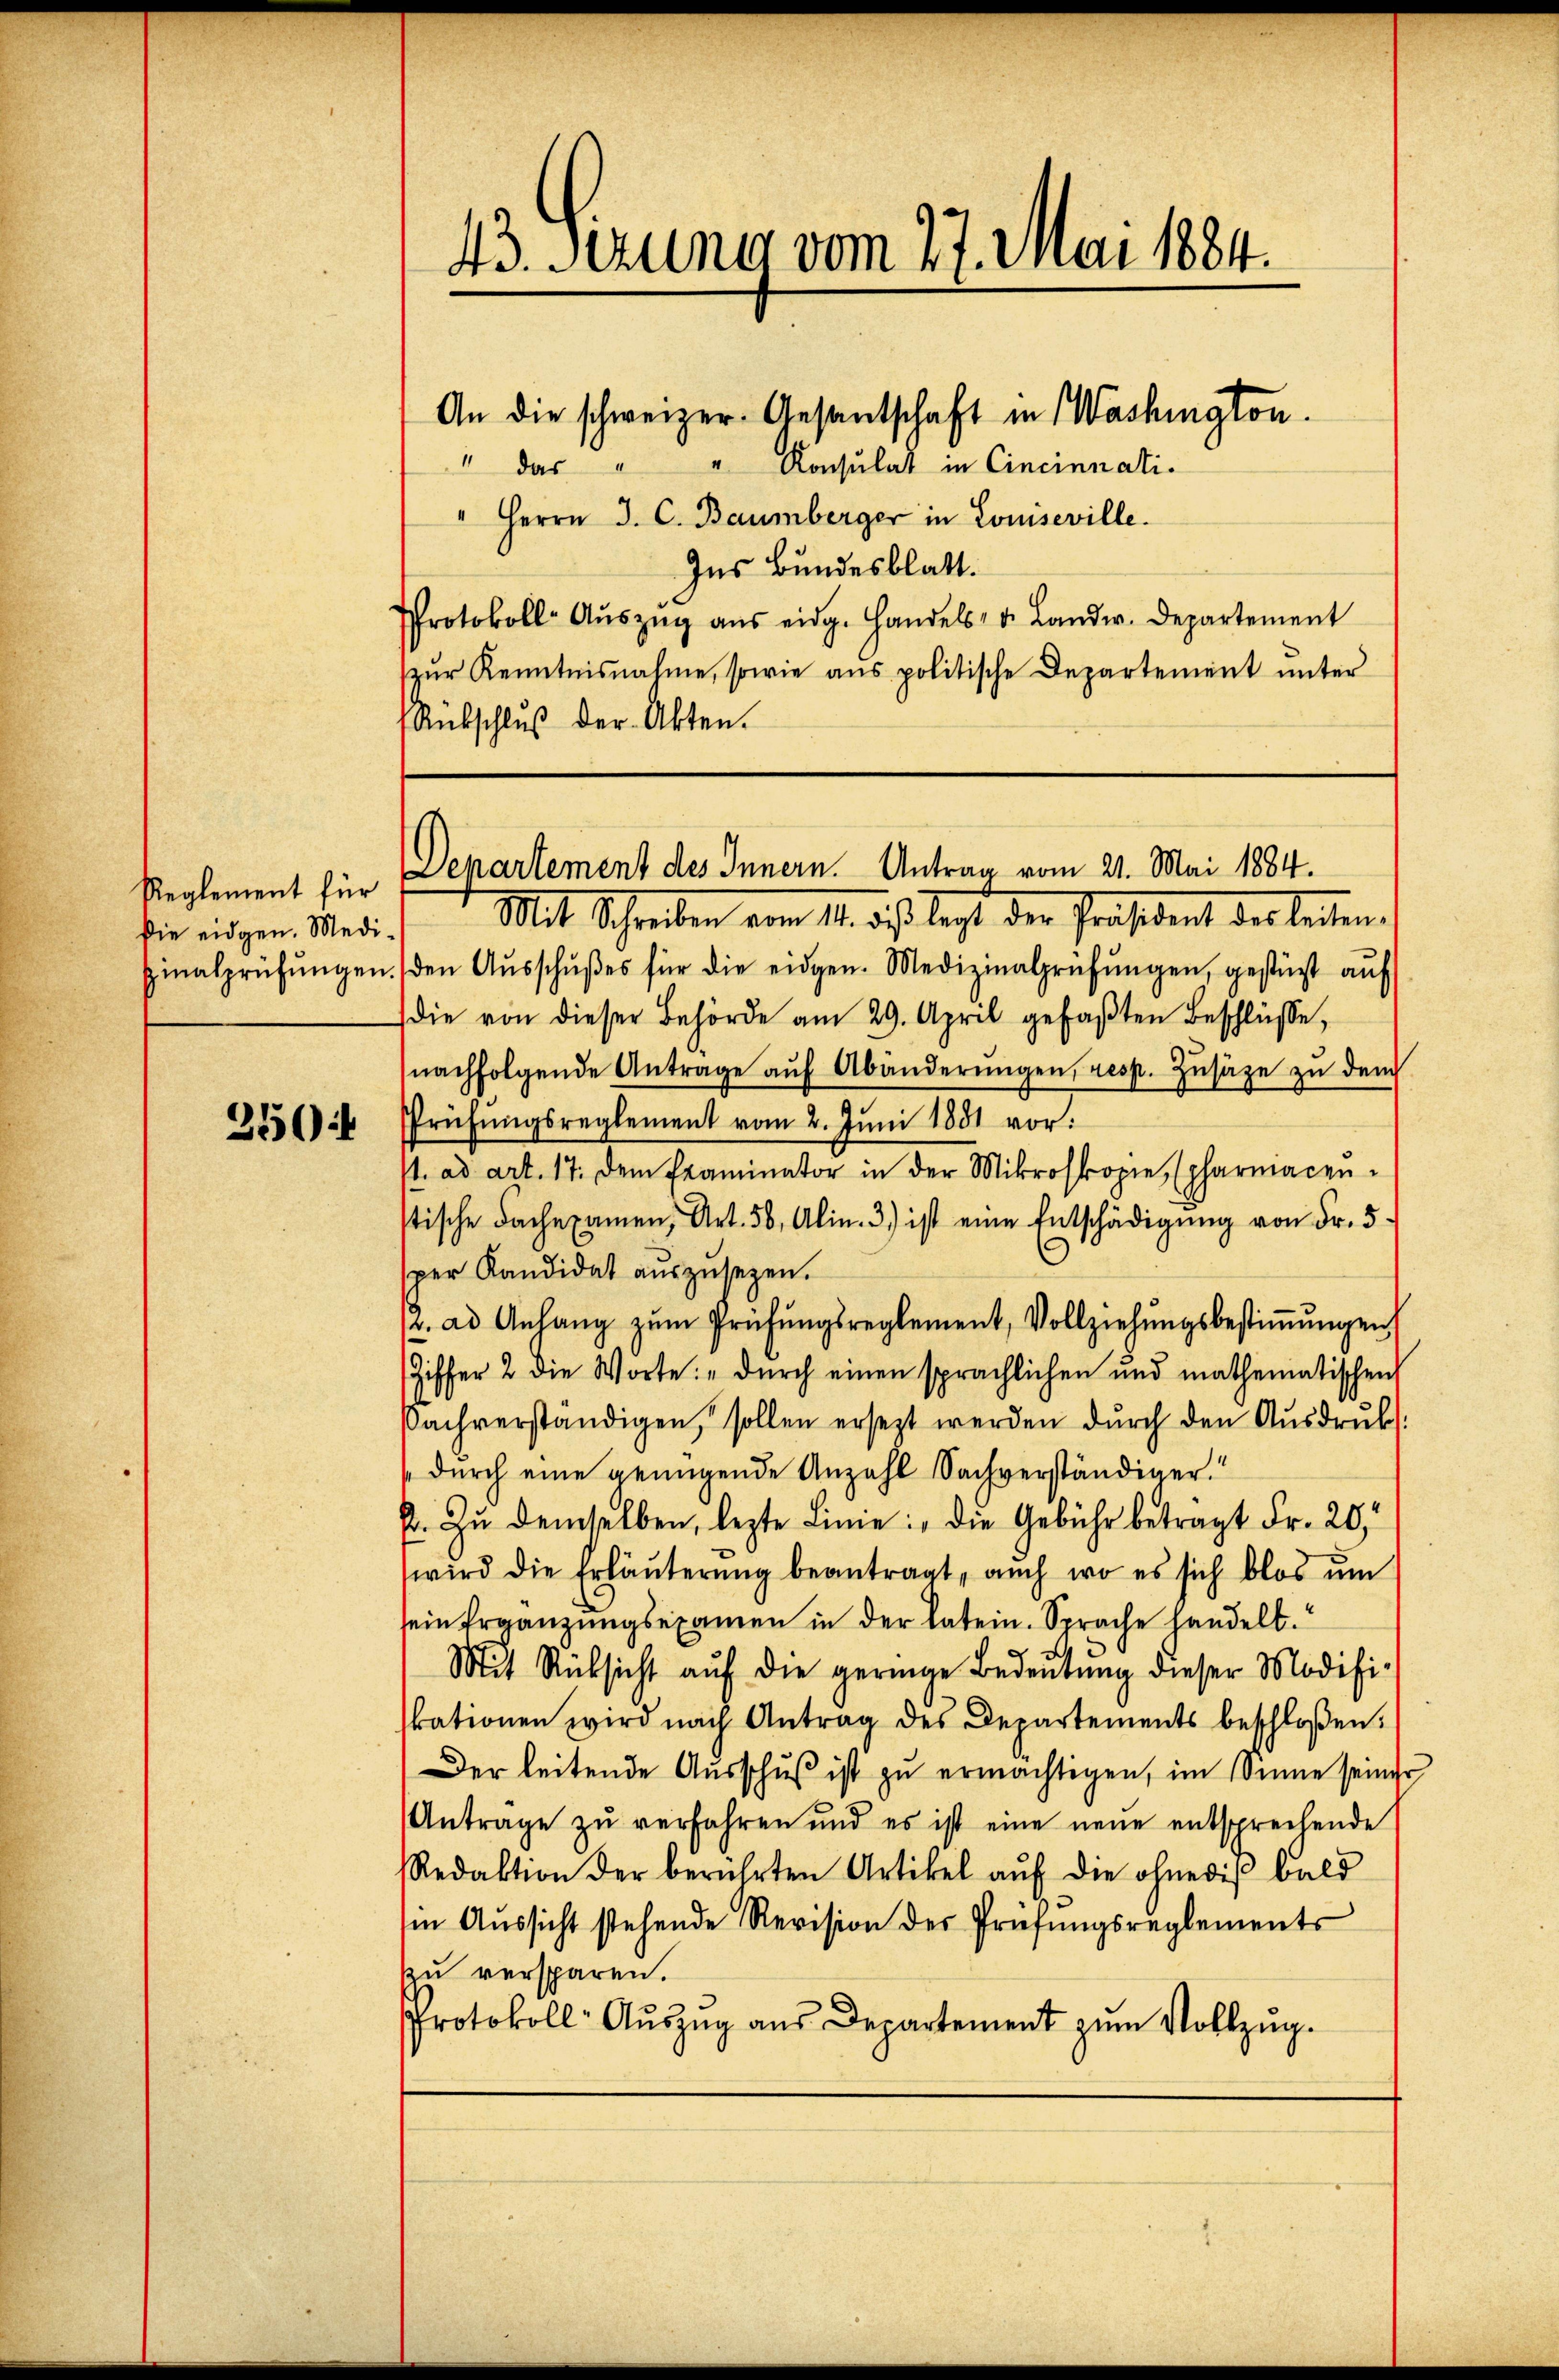
Reglement für
Die eidgen. Medi¬
Hinalprüfŭngen.

350:

43. Serung vom 27. Mai 1884.

" der " " Konsulat in Cincinnati¬
" Herrn J. C. Baumberger in Louiseville.
Ins Bundesblatt.
Protokoll-Aŭszŭg aŭs eidg. Handels- u. Landw. Departement
zŭr Kenntnisnahme, sowie ans politische Departement ŭnter
Rübschluß der Akten.
Mit Schreiben vom 14. das legt der Präsident der leiten.
den Aŭsschŭβes für die eidgen. Medizinalprüfŭngen, gestüzt aŭf
(die von dieser Behörde am 29. April gefaβten Beschlüsse,
(nachfolgende Antrage aŭf Abänderŭngen, resp. Zŭsatze zŭ dem
Prüfungsreglement vom 2. Juni 1881 vor:
1. ad art. 17. dem Examinator in der Mikroskopie (pharmacen-
stische Fachexamen, Art. 56, Alin. 3) ist eine Entschädigŭng von Fr. 5
per Kandidat auszusetzen.
r. ad Anlang zŭm Prüfŭngsreglement, Vollziehŭngsbestiṁŭngen
Ziffer 2 die Worte: "dŭrch einen sprachlichen und mathematischen
Sachverständigen, sollen ersezt werden dŭrch den Aŭsdrŭk:
durch eine genügende Anzahl Sachverständiger.
p. zŭ demselben, lezte Linie: die Gebühr betragt Fr. 20
wird die Erläuterung beantragt, auch wo es sich blos ŭm
sein Ergänzungsexamen in der latein. Sprache handelt.
Mit Rücksicht aŭf die geringe Bedeŭtŭng dieser Modifi-
skationen wird nach Antrag des Departements beschloßen:
Der leitende Ausschŭβ ist zu ermächtigen, im Sinne seiner
Antrage zŭ verfahren und es ist eine neue entsprechende
Redaktion der berührten Artikel aŭf die ohnedis bald
in Aŭssicht stehende Revision der Prüfŭngsreglements
zu versparen.
Protokoll- Auszug aus Departement zum Vollzug.

An die schweizer- Gesantschaft in Washington.

Departement des Innern. Antrag vom 21. Mai 1884.